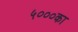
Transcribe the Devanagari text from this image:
५०००का